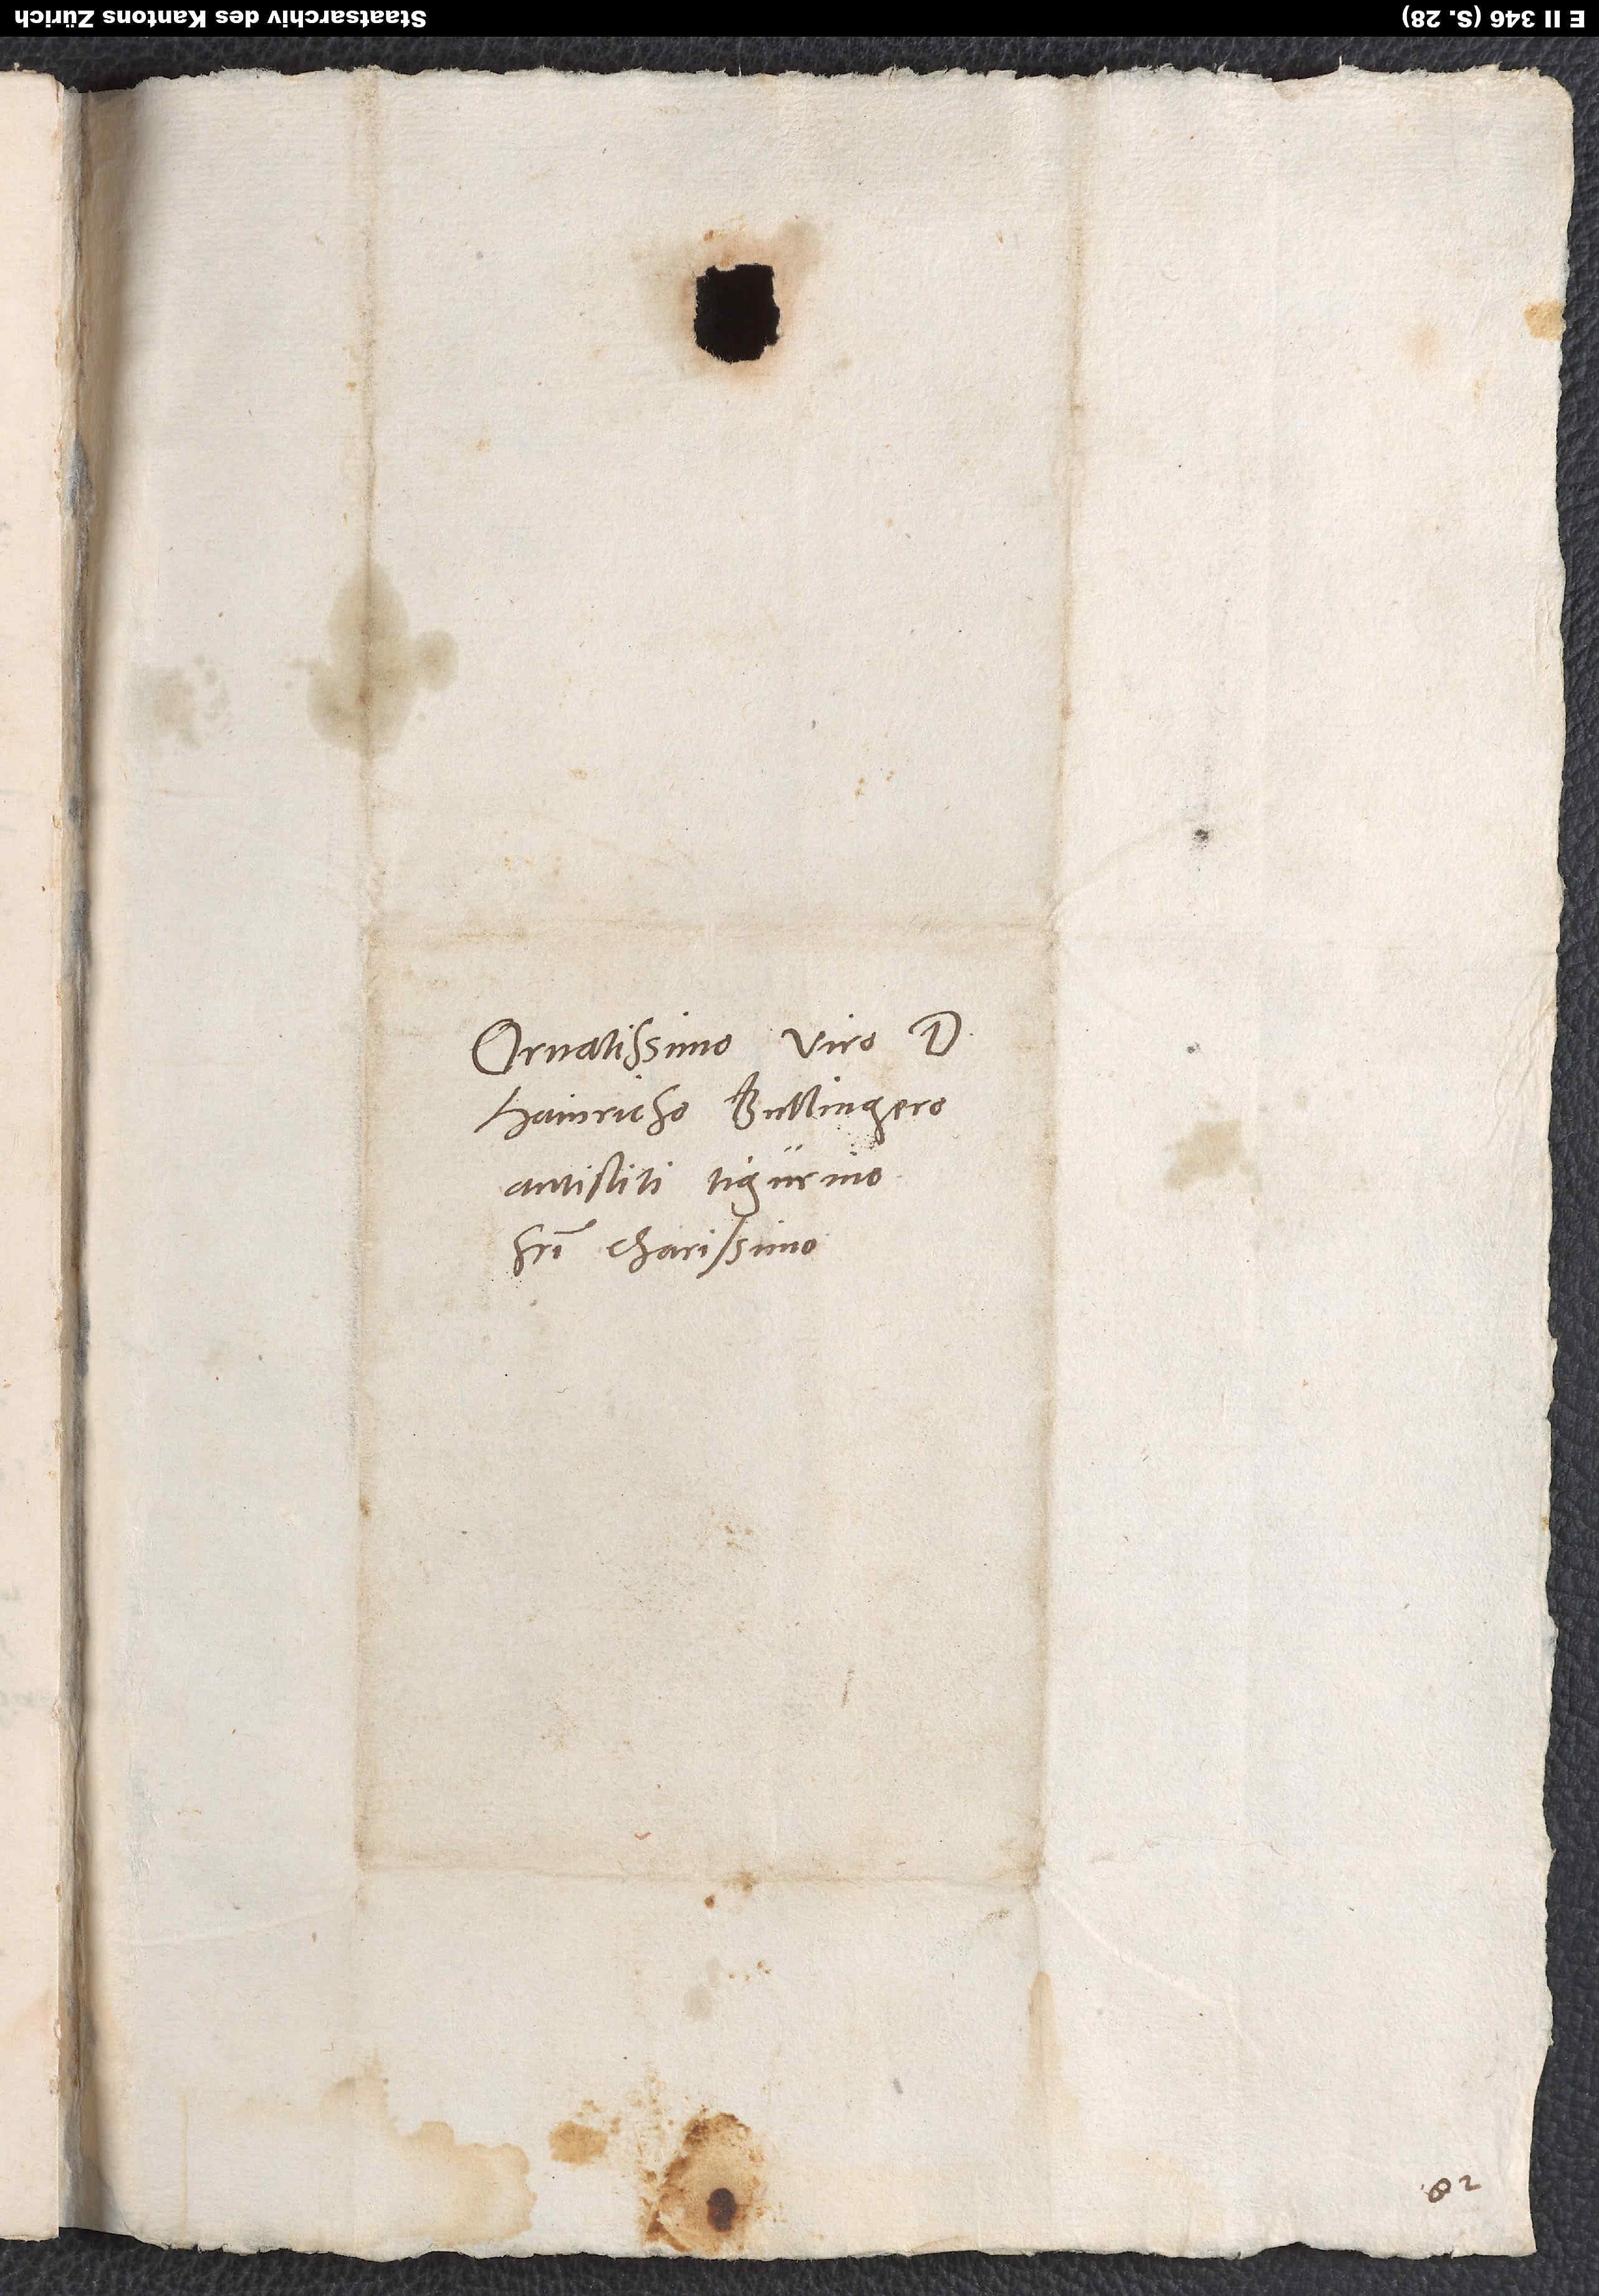
Ornatissimo viro d.
Hainricho Bullingero,
antistiti Tigurino,
fratri charissimo.